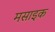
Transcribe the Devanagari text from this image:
मसाइक